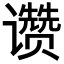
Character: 𬤮